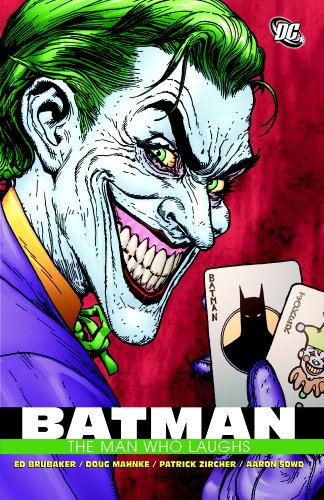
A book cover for Batman: The Man Who Laughs; Ed Brubaker; Comics & Graphic Novels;